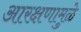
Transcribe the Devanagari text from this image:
आरक्षणामुळे